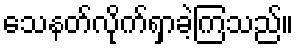
သေနတ်လိုက်ရှာခဲ့ကြသည်။